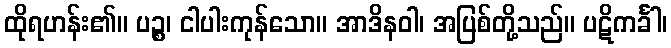
ထိုရဟန်း၏။ ပဉ္စ၊ ငါပါးကုန်သော။ အာဒိနဝါ၊ အပြစ်တို့သည်။ ပဋိကင်္ခါ၊